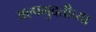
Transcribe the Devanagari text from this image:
अल्पमुदतीच्या